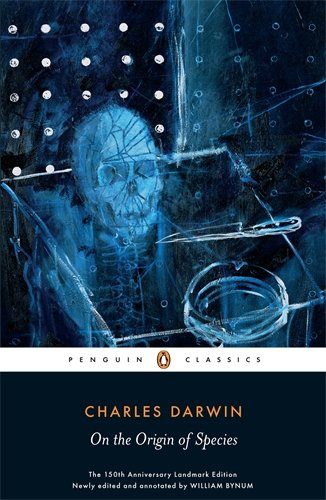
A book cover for On the Origin of Species (Penguin Classics); Charles Darwin; Science & Math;